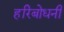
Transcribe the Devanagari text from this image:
हरिबोधनी